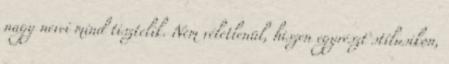
nagy nevei mind tisztelik. Nem véletlenül, hiszen egyrészt stílusikon,